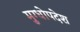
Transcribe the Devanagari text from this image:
मुग्धोपदेश